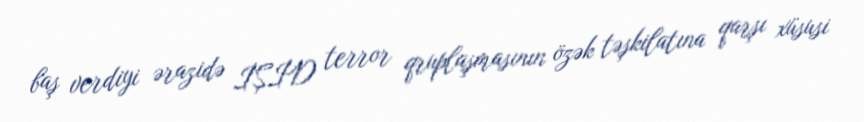
baş verdiyi ərazidə İŞİD terror qruplaşmasının özək təşkilatına qarşı xüsusi